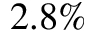
2 . 8 \%